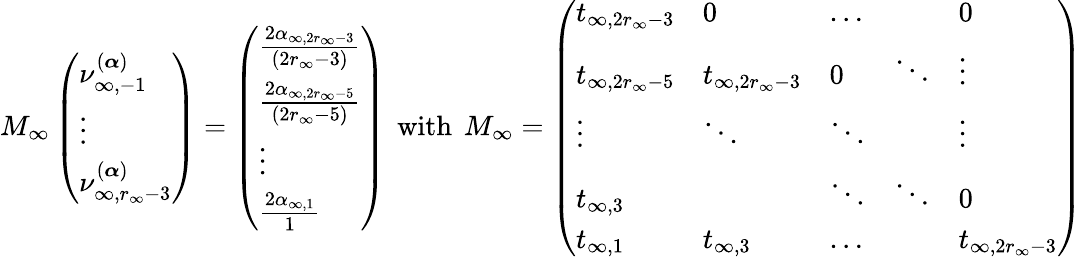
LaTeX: M_{\infty}\left(\begin{array}{l}{\nu_{\infty,-1}^{(\boldsymbol{\alpha})}}\\ {\vdots}\\ {\nu_{\infty,r_{\infty}-3}^{(\boldsymbol{\alpha})}}\end{array}\right)=\left(\begin{array}{l}{\frac{2\alpha_{\infty,2r_{\infty}-3}}{(2r_{\infty}-3)}}\\ {\frac{2\alpha_{\infty,2r_{\infty}-5}}{(2r_{\infty}-5)}}\\ {\vdots}\\ {\frac{2\alpha_{\infty,1}}{1}}\end{array}\right)\, \mathrm{~with~}\, M_{\infty}=\left(\begin{array}{lllll}{t_{\infty,2r_{\infty}-3}}&{0}&{\dots}&&{0}\\ {t_{\infty,2r_{\infty}-5}}&{t_{\infty,2r_{\infty}-3}}&{0}&{\ddots}&{\vdots}\\ {\vdots}&{\ddots}&{\ddots}&&{\vdots}\\ {t_{\infty,3}}&&{\ddots}&{\ddots}&{0}\\ {t_{\infty,1}}&{t_{\infty,3}}&{\dots}&&{t_{\infty,2r_{\infty}-3}}\end{array}\right)